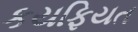
કયફિયત